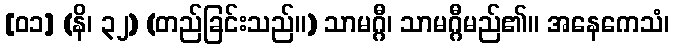
[၀၁] (နိ၊ ၃၂) (တည်ခြင်းသည်။) သာမဂ္ဂီ၊ သာမဂ္ဂီမည်၏။ အနေကေသံ၊